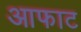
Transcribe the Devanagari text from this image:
आफाट